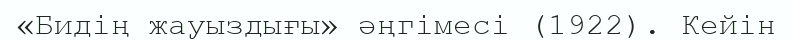
«Бидің жауыздығы» әңгімесі (1922). Кейін